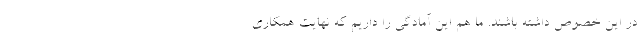
در این خصوص داشته باشند. ما هم این آمادگی را داریم که نهایت همکاری